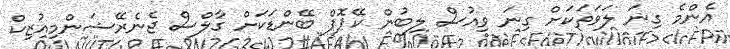
އެންމެ ގިނަ ލަވަތަކަށް ގިނަ ވިއުސް ލިބުން ކޭޕޮޕް ބޭންޑަކަށް ގާލްސް ޖެނެރޭޝަންމިއުޒިކް